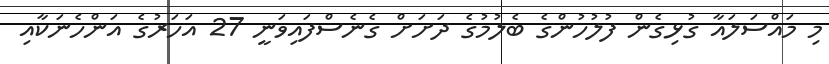
މި މައްސަލައާ ގުޅިގެން ފުލުހުންގެ ބެލުމުގެ ދަށަށް ގެނެސްފައިވަނީ 27 އަހަރުގެ އަންހެނަކާއި